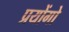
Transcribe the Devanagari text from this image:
प्रयोंगो